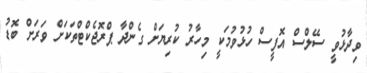
ވިދާޅުވީ ސޭލްސް އޮފީސް ހުޅުވުމަކީ މިހާރު ކުރިޔަށް ގެންދާ ޕްރޮޖެކްޓްތަކަށް ވަރަށް ބޮޑު